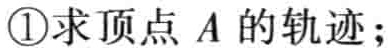
\textcircled{1}求顶点 \(A\) 的轨迹；